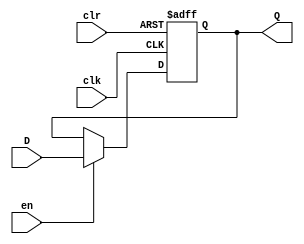
module Register6Bit(
	input [5:0] D,
	input clk,
	input en,
	input clr,
	output reg [5:0] Q
);
	
	initial begin
		Q <= 6'h000;
	end
	
	always @(posedge clk or posedge clr)
	begin
		if(clr) begin
			Q <= 6'h000;
		end
		else begin
			Q <= en ? D: Q;
		end
	end

endmodule